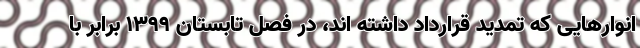
انوارهایی که تمدید قرارداد داشته اند، در فصل تابستان ١٣٩٩ برابر با